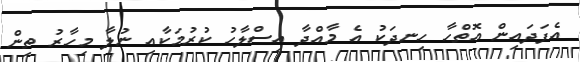
އެފަދައިން އޮތްހާ ހިނދަކު އެ މާއްދާ އިސްލާހު ކުރުމަކާއި ނުލާ މިހާރު ތިން